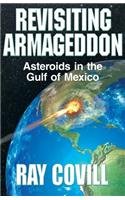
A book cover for Revisiting Armageddon: Asteroids in the Gulf of Mexico; Ray Covill; Science & Math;